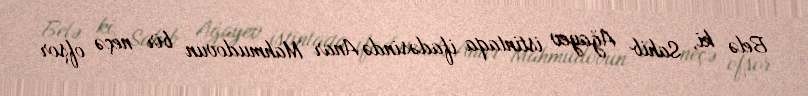
Belə ki, Sahib Ağayev istintaqa ifadəsində Anar Mahmudovun bir neçə ofşor